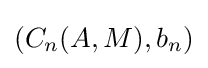
(C_{n}(A,M),b_{n})